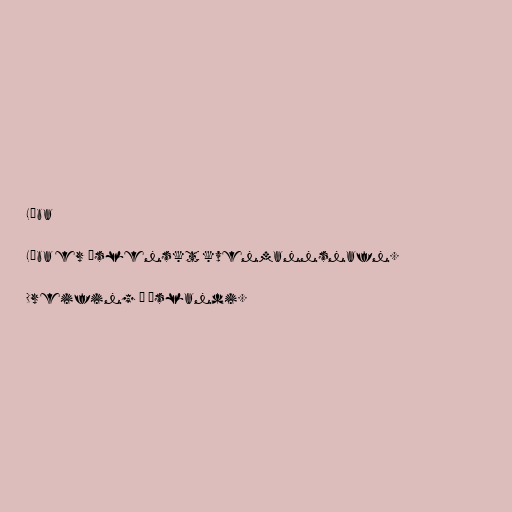
Líba

Líba er íslenskt kvenmannsnafn.

Dreifing á Íslandi.